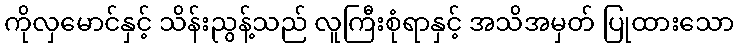
ကိုလှမောင်နှင့် သိန်းညွန့်သည် လူကြီးစုံရာနှင့် အသိအမှတ် ပြုထားသော